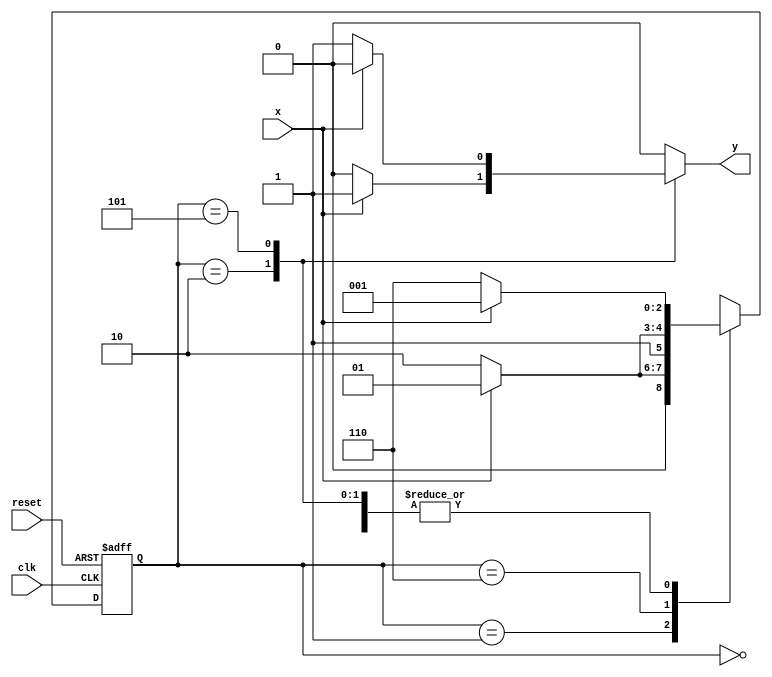
// ---------------------
// guia10_04 - Mquina de estados finitos capaz de identificar uma sequncia de trs bits iguais a (111) ou (000)
// Nome: Anderson Belchior de Carvalho
// ---------------------------------------

//----------------------------------------
// -- Exercicio 04
//----------------------------------------
// --- Sequencias : 111 ou 000
//----------------------------------------

// constant definitions
`define found    1
`define notfound 0

module ex4_seq111_000 ( y, x, clk, reset );

	output y;
	input  x;
	input  clk;
	input  reset;

	reg    y;

	parameter         // state identifiers 
		start  = 3'b000,
		id1    = 3'b001,
		id0    = 3'b110,
		id11   = 3'b010,
		id00   = 3'b101;

	reg [2:0] E1;	// current state variables
	reg [2:0] E2;	// next state logic output

	// next state logic
   always @( x or E1 )
		begin
		y = `notfound;

		case ( E1 )
			start:
				if ( x )
					E2 = id1;
				else
					E2 = id0;
				
			id1:
				if ( x )
					E2 = id1;
				else
					E2 = id11;

			id11:
				if ( x )
				begin
					E2 =  id1;
					y  = `found;
				end
				else
				begin
					E2 =  id0;
					y  = `notfound;
				end
			
			id0:
				if ( x )
					E2 = id00;
				else
					E2 = id0;

			id00:
				if ( x )
				begin
					E2 =  id1;
					y  = `notfound;
				end
				else
				begin
					E2 =  id0;
					y  = `found;
				end
	 
			default:   // undefined state
				E2 =  3'bxxx;
		endcase
	  
		end // always at signal or state changing
		
	// state variables
		always @( posedge clk or negedge reset )
		begin
			if ( reset )
				E1 = E2;    // updates current state
			else
				E1 = 0;     // reset
		end // always at signal changing

endmodule // fim ex4_seq111_000

//--------------------------
// -- test ex04
//--------------------------

module testex4;
	
	reg   clk, reset, x;
	wire  m1;

	ex4_seq111_000 M4( m1, x, clk, reset );

	initial
	begin
		$display("Guia10_04 - Anderson Belchior de Carvalho - 396673");
		$display("\n Time \t\t\tX  \t\t\t Seq 111|000" );

	   // initial values
       clk   = 1;
       reset = 0;
       x     = 0;

	// input signal changing
		#10   reset = 1;
		#10  x = 1;
		#10  x = 0;
		#10  x = 0;
		#10  x = 1;
		#10  x = 0;
		#10  x = 1;
		#10  x = 1;
		#10  x = 1;
		#10  x = 1;
		#10  x = 0;
		#10  x = 1;
		#10  x = 1;
		#10  x = 1;
		#10  x = 0;
		#10  x = 1;
		#10  x = 0;
		#10  x = 0;
		#10  x = 0;
		
		#5 $finish;
	
	end // initial

	always
		#5 clk = ~clk;

	always @( posedge clk )
	begin
		$display ( "%4d \t\t \t%b\t\t\t     %b", $time, x, m1);
	end // always at positive edge clocking changing

endmodule //  fim testex4